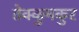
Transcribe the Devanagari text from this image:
तेक्कुमकुर